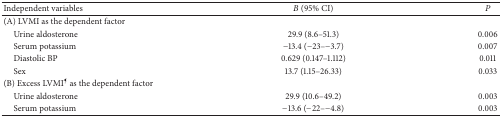
| Independent variables | B (95% CI) | P |
 | --- | --- | --- |
 | (A) LVMI as the dependent factor |  |  |
 | Urine aldosterone | 29.9 (8.6–51.3) | 0.006 |
 | Serum potassium | −13.4 (−23–−3.7) | 0.007 |
 | Diastolic BP | 0.629 (0.147–1.112) | 0.011 |
 | Sex | 13.7 (1.15–26.33) | 0.033 |
 | (B) Excess LVMI¶ as the dependent factor |  |  |
 | Urine aldosterone | 29.9 (10.6–49.2) | 0.003 |
 | Serum potassium | −13.6 (−22–−4.8) | 0.003 |